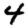
Digit: 4